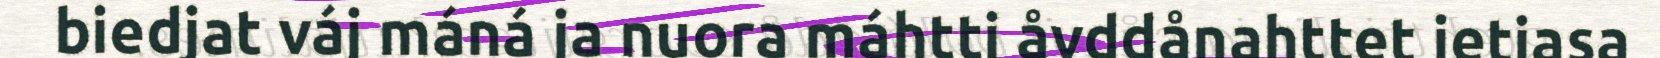
biedjat váj máná ja nuora máhtti åvddånahttet ietjasa